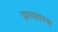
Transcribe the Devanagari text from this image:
प्रत्ययस्य